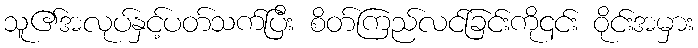
သူ၏အလုပ်နှင့်ပတ်သက်ပြီး စိတ်ကြည်လင်ခြင်းကို၎င်း ဝိုင်းအမှား